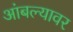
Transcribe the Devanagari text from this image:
आंबल्यावर